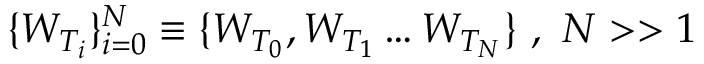
\{ W _ { T _ { i } } \} _ { i = 0 } ^ { N } \equiv \{ W _ { T _ { 0 } } , W _ { T _ { 1 } } \dots W _ { T _ { N } } \} \ , \ N > > 1